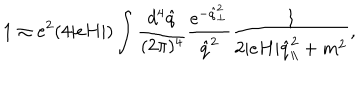
1 \simeq e ^ { 2 } ( 4 | e H | ) \int \frac { d ^ { 4 } \hat { q } } { ( 2 \pi ) ^ { 4 } } \frac { \mathrm { e } ^ { - \hat { q } _ { \perp } ^ { 2 } } } { \hat { q } ^ { 2 } } \frac { 1 } { 2 | e H | \hat { q } _ { \parallel } ^ { 2 } + m ^ { 2 } } ,